Leaving Certificate Examination, 1916
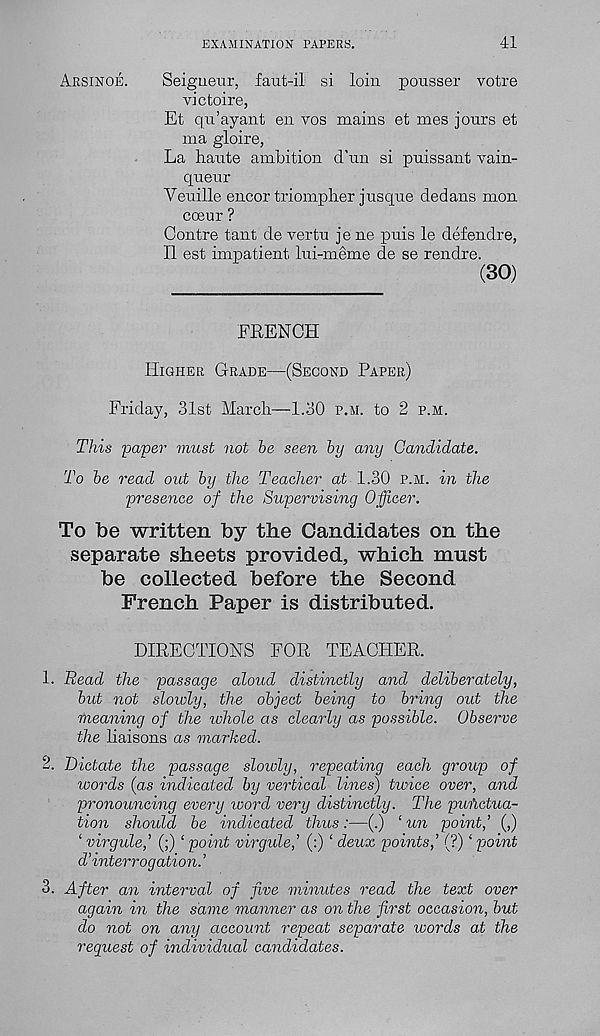
EXAMINATION PAPERS.
41
Arsinoe.
Seigneur, faut-il si loin pousser votre
victoire,
Et qu’ayant en vos mains et mes jours et
ma gloire,
La haute ambition d'un si puissant vain-
queur
Veuille encor triompher jusque dedans mon
coeur ?
Centre tant de vertu j e ne puis le defendre,
II est impatient lui-meme de se rendre.
(30)
FRENCH
Higher Grade—(Second Paper)
Friday, 31st March—1.30 p.m. to 2 p.m.
This paper must not be seen by any Candidate.
To be read out by the Teacher at 1.30 p.m. in the
presence of the Supervising Officer.
To be written by the Candidates on the
separate sheets provided, which must
be collected before the Second
French Paper is distributed.
DIRECTIONS FOR TEACHER.
1. Read the passage aloud distinctly and deliberately,
but not slowly, the object being to bring out the
meaning of the whole as clearly as possible. Observe
the liaisons as marked.
2. Dictate the passage slowly, repeating each group of
words (as indicated by vertical lines) twice over, and
pronouncing every zoord very distinctly. The pw'ictua-
tion should be indicated thus:—(.) ‘ un point,’ (,)
‘ virgule,’ (;) ‘ point virgule,’ (:) ‘ deux points,’ (?) ‘ point
d’interrogation. ’
3. After an interval of five minutes read the text over
again in the same manner as on the first occasion, but
do not on any account repeat separate words at the
reguest of individual candidates.